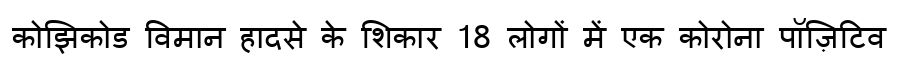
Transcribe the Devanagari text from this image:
कोझिकोड विमान हादसे के शिकार 18 लोगों में एक कोरोना पॉज़िटिव